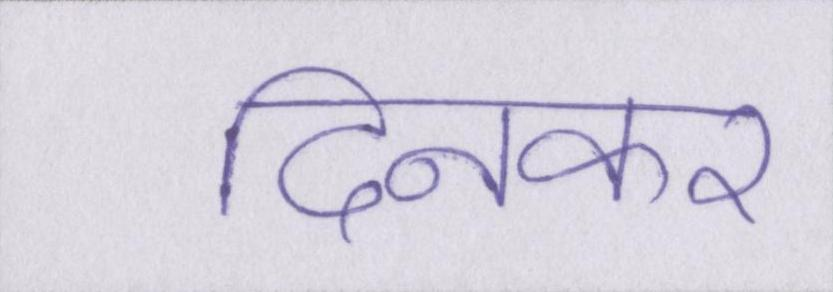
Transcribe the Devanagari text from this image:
दिनकर